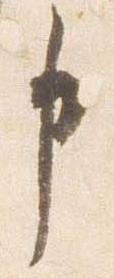
申